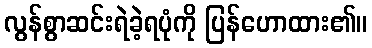
လွန်စွာဆင်းရဲခဲ့ရပုံကို ပြန်ဟောထား၏။